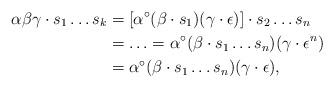
LaTeX: \begin{align*}\alpha\beta\gamma \cdot s_1\ldots s_k &= [\alpha^\circ (\beta\cdot s_1) (\gamma\cdot \epsilon)] \cdot s_2\ldots s_n\\&= \ldots = \alpha^\circ (\beta\cdot s_1\ldots s_n) (\gamma\cdot \epsilon^n)\\&= \alpha^\circ (\beta\cdot s_1\ldots s_n) (\gamma\cdot \epsilon),\end{align*}